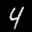
Label: 4